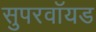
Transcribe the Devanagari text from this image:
सुपरवॉयड